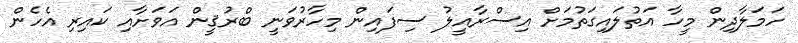
ހަމަލާދިން މީހާ އަތުލައިގަތުމަށް އިސްރާއީލު ސިފައިން މިހާރުވަނީ ބްރުޤީން އަވަށާއި ކައިރި އެހެން